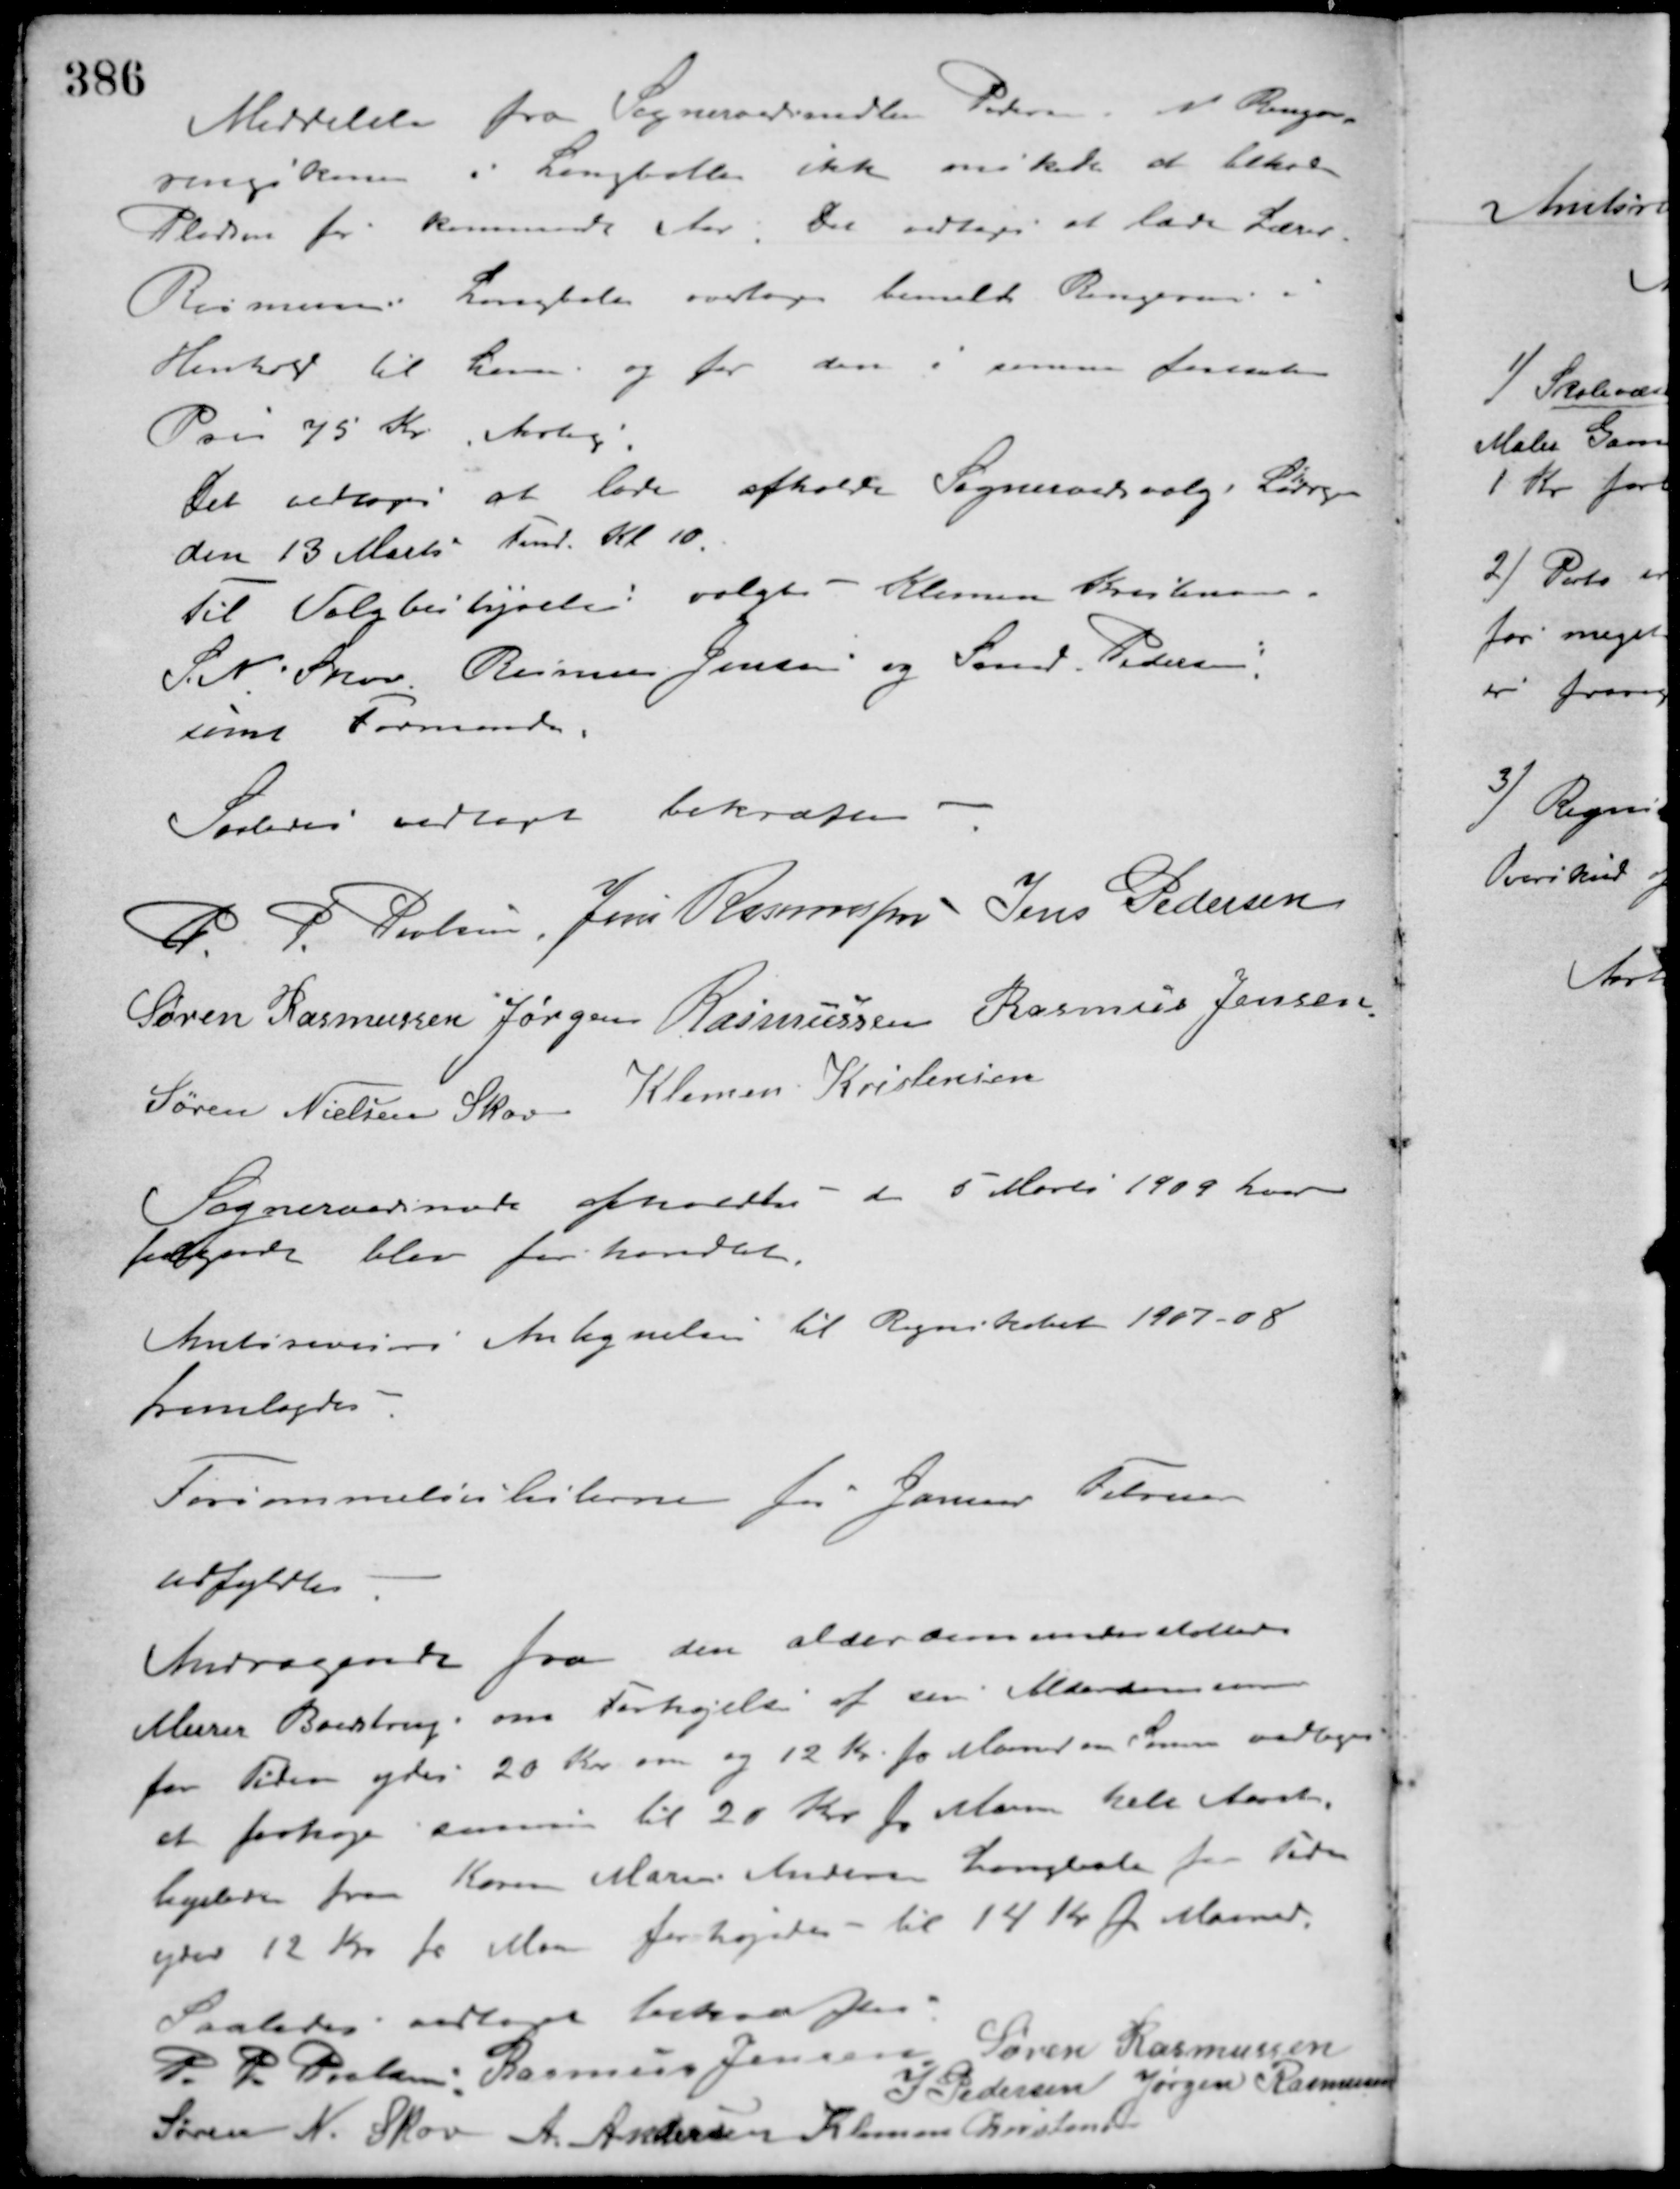
Transskription:
Meddelelse fra Sogneraadsmedlem Petersen at Rengø-
ringskone i Langballe ikke ønskede at beholde
Pladsen for kommende Aar. Det vedtoges at lade Lærer
Rasmussen Langballe overtage bemeldte Rengøring i
Henhold til Loven og for den i samme fastsatte
Pris 75 Kr. Aarlig.
Det vedtoges at lade afholde Sogneraadsvalg Lørdagen
den 13 Marts Fmd. Kl. 10.
Til Valgbestyrelse valgtes - Klemen Kristensen
S. N. Skov Rasmus Jensen og Smed Pedersen,
samt Formanden
Saaledes vedtaget bekræftes
P. P. Poulsen Jens Rasmussen Jens Pedersen
Søren Rasmussen Jørgen Rasmussen Rasmus Jensen
Søren Nielsen Skov Klemen Kristensen
Sogneraadsmøde afholdtes d 5 Marts 1909 hvor
følgende blev forhandlet.
Amtsrevisors Antegnelser til Regnskabet 1907-08
fremlagdes.
Forsømmelseslisterne for Januar Februar
udfyldtes.
Andragende fra den alderdomsunderstøttede
Murer Boestrup om Forhøjelse af sin Alderdomsum
for Tiden ydes 20 Kr. om og 12 Kr. pr. Maaned om Sommeren vedtoges
at forhøje summen til 20 Kr. pr. Maaned hele Aaret.
ligeledes fra Karen Marie Andersen Langballe for Tiden
ydes 12 Kr pr. Maaned forhøjedes til 14 Kr. pr. Maaned.
Saaledes vedtaget bekræftes
P. P. Poulsen Rasmus Jensen Søren Rasmussen
J. Pedersen Jørgen Rasmussen
Søren N. Skov A. Andersen Klemen Kristensen